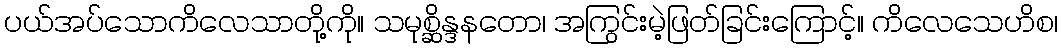
ပယ်အပ်သောကိလေသာတို့ကို။ သမုစ္ဆိန္ဒနတော၊ အကြွင်းမဲ့ဖြတ်ခြင်းကြောင့်။ ကိလေသေဟိစ၊